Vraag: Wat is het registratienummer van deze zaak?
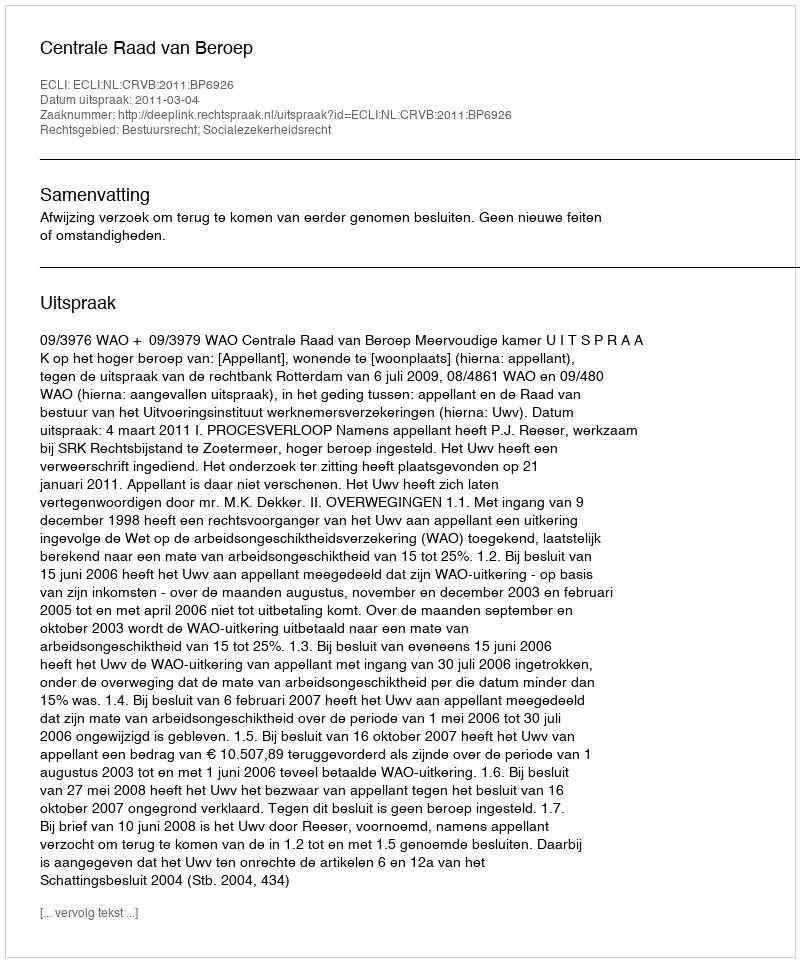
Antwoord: http://deeplink.rechtspraak.nl/uitspraak?id=ECLI:NL:CRVB:2011:BP6926